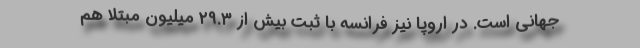
جهانی است. در اروپا نیز فرانسه با ثبت بیش از ۲۹.۳ میلیون مبتلا هم